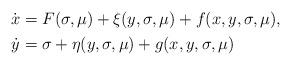
LaTeX: \begin{align*}\begin{aligned}\dot{x} &= F(\sigma,\mu)+\xi(y,\sigma,\mu)+f(x,y,\sigma,\mu), \\\dot{y} &= \sigma+\eta(y,\sigma,\mu)+g(x,y,\sigma,\mu)\end{aligned}\end{align*}